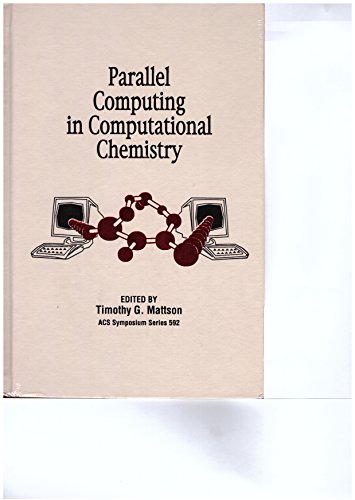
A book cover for Parallel Computing in Computational Chemistry (ACS Symposium Series); Computers & Technology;